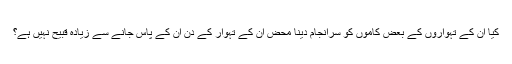
کیا ان کے تہواروں کے بعض کاموں کو سرانجام دینا محض ان کے تہوار کے دن ان کے پاس جانے سے زیادہ قبیح نہیں ہے؟